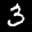
Label: 3